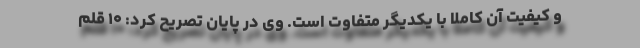
و کیفیت آن کاملا با یکدیگر متفاوت است. وی در پایان تصریح کرد: ۱۰ قلم